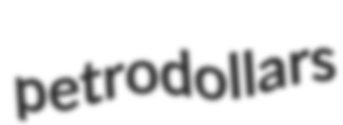
petrodollars